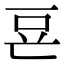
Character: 䜳